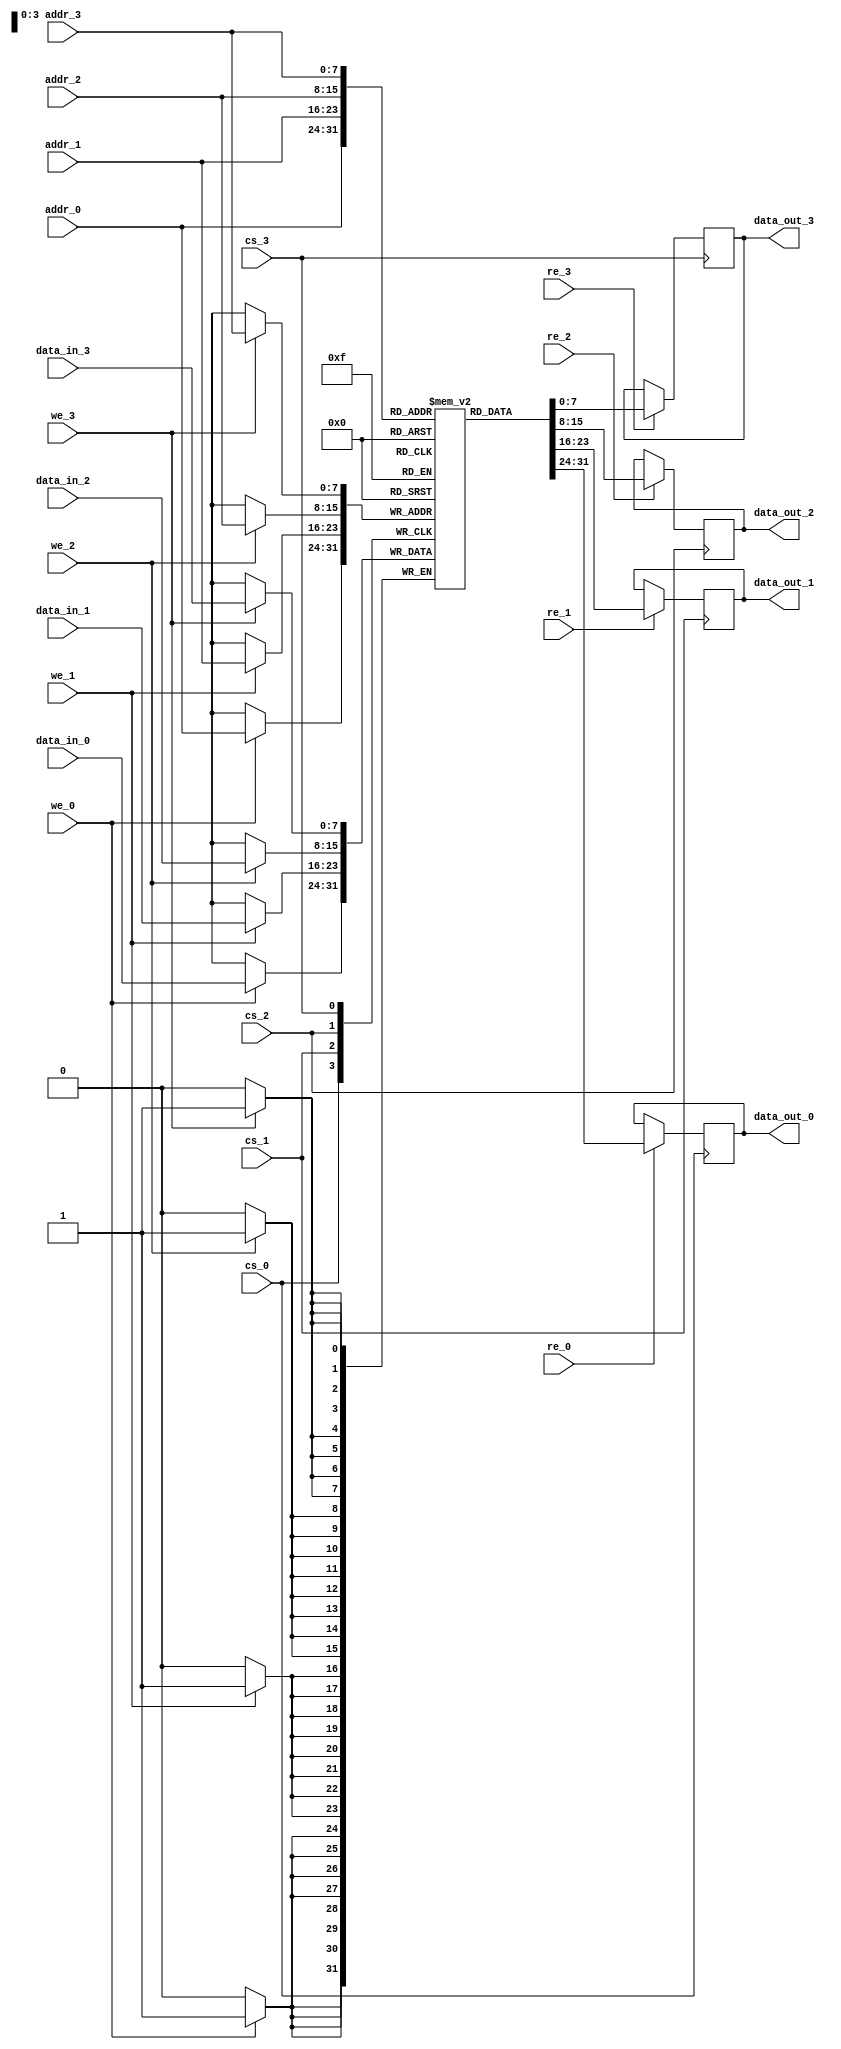
module MPSRAM #(
    parameter DATA_WIDTH = 8,   // Width of data bus
    parameter ADDR_WIDTH = 8,   // Width of address bus
    parameter MEM_DEPTH = 256    // Depth of memory (number of words)
)(
    input  wire [DATA_WIDTH-1:0] data_in_0,  // Data input for port 0
    input  wire [DATA_WIDTH-1:0] data_in_1,  // Data input for port 1
    input  wire [DATA_WIDTH-1:0] data_in_2,  // Data input for port 2
    input  wire [DATA_WIDTH-1:0] data_in_3,  // Data input for port 3
    input  wire [ADDR_WIDTH-1:0] addr_0,      // Address input for port 0
    input  wire [ADDR_WIDTH-1:0] addr_1,      // Address input for port 1
    input  wire [ADDR_WIDTH-1:0] addr_2,      // Address input for port 2
    input  wire [ADDR_WIDTH-1:0] addr_3,      // Address input for port 3
    input  wire we_0,                         // Write enable for port 0
    input  wire we_1,                         // Write enable for port 1
    input  wire we_2,                         // Write enable for port 2
    input  wire we_3,                         // Write enable for port 3
    input  wire re_0,                         // Read enable for port 0
    input  wire re_1,                         // Read enable for port 1
    input  wire re_2,                         // Read enable for port 2
    input  wire re_3,                         // Read enable for port 3
    input  wire cs_0,                         // Chip select for port 0
    input  wire cs_1,                         // Chip select for port 1
    input  wire cs_2,                         // Chip select for port 2
    input  wire cs_3,                         // Chip select for port 3
    output reg [DATA_WIDTH-1:0] data_out_0,  // Data output for port 0
    output reg [DATA_WIDTH-1:0] data_out_1,  // Data output for port 1
    output reg [DATA_WIDTH-1:0] data_out_2,  // Data output for port 2
    output reg [DATA_WIDTH-1:0] data_out_3   // Data output for port 3
);

    // Memory array
    reg [DATA_WIDTH-1:0] mem_array [0:MEM_DEPTH-1];

    // Read and write operations
    always @(posedge cs_0) begin
        if (we_0) begin
            mem_array[addr_0] <= data_in_0;  // Write operation for port 0
        end
        if (re_0) begin
            data_out_0 <= mem_array[addr_0]; // Read operation for port 0
        end
    end

    always @(posedge cs_1) begin
        if (we_1) begin
            mem_array[addr_1] <= data_in_1;  // Write operation for port 1
        end
        if (re_1) begin
            data_out_1 <= mem_array[addr_1]; // Read operation for port 1
        end
    end

    always @(posedge cs_2) begin
        if (we_2) begin
            mem_array[addr_2] <= data_in_2;  // Write operation for port 2
        end
        if (re_2) begin
            data_out_2 <= mem_array[addr_2]; // Read operation for port 2
        end
    end

    always @(posedge cs_3) begin
        if (we_3) begin
            mem_array[addr_3] <= data_in_3;  // Write operation for port 3
        end
        if (re_3) begin
            data_out_3 <= mem_array[addr_3]; // Read operation for port 3
        end
    end

endmodule